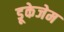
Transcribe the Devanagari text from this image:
डूकेजेम